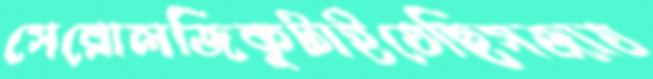
সেরোলজিকুটাইতেছিসজাত